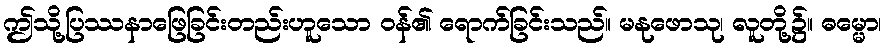
ဤသို့ပြဿနာဖြေခြင်းတည်းဟူသော ဝန်၏ ရောက်ခြင်းသည်။ မနုဖောသု၊ လူတို့၌။ ဓမ္မော၊